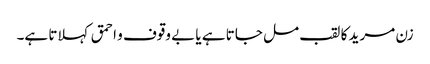
زن مرید کا لقب مل جاتا ہے یا بے وقوف و احمق کہلاتا ہے۔